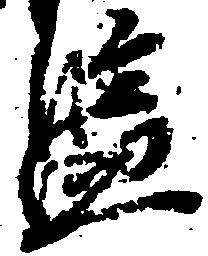
監